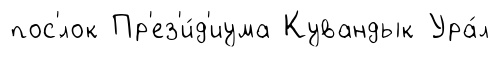
пос'́лок Пр'ез'и́д'иума Кувандык Ура́л